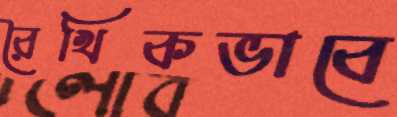
রৈখিকভাবে